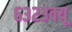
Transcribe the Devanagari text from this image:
६३२३क्यू